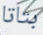
بتاتا